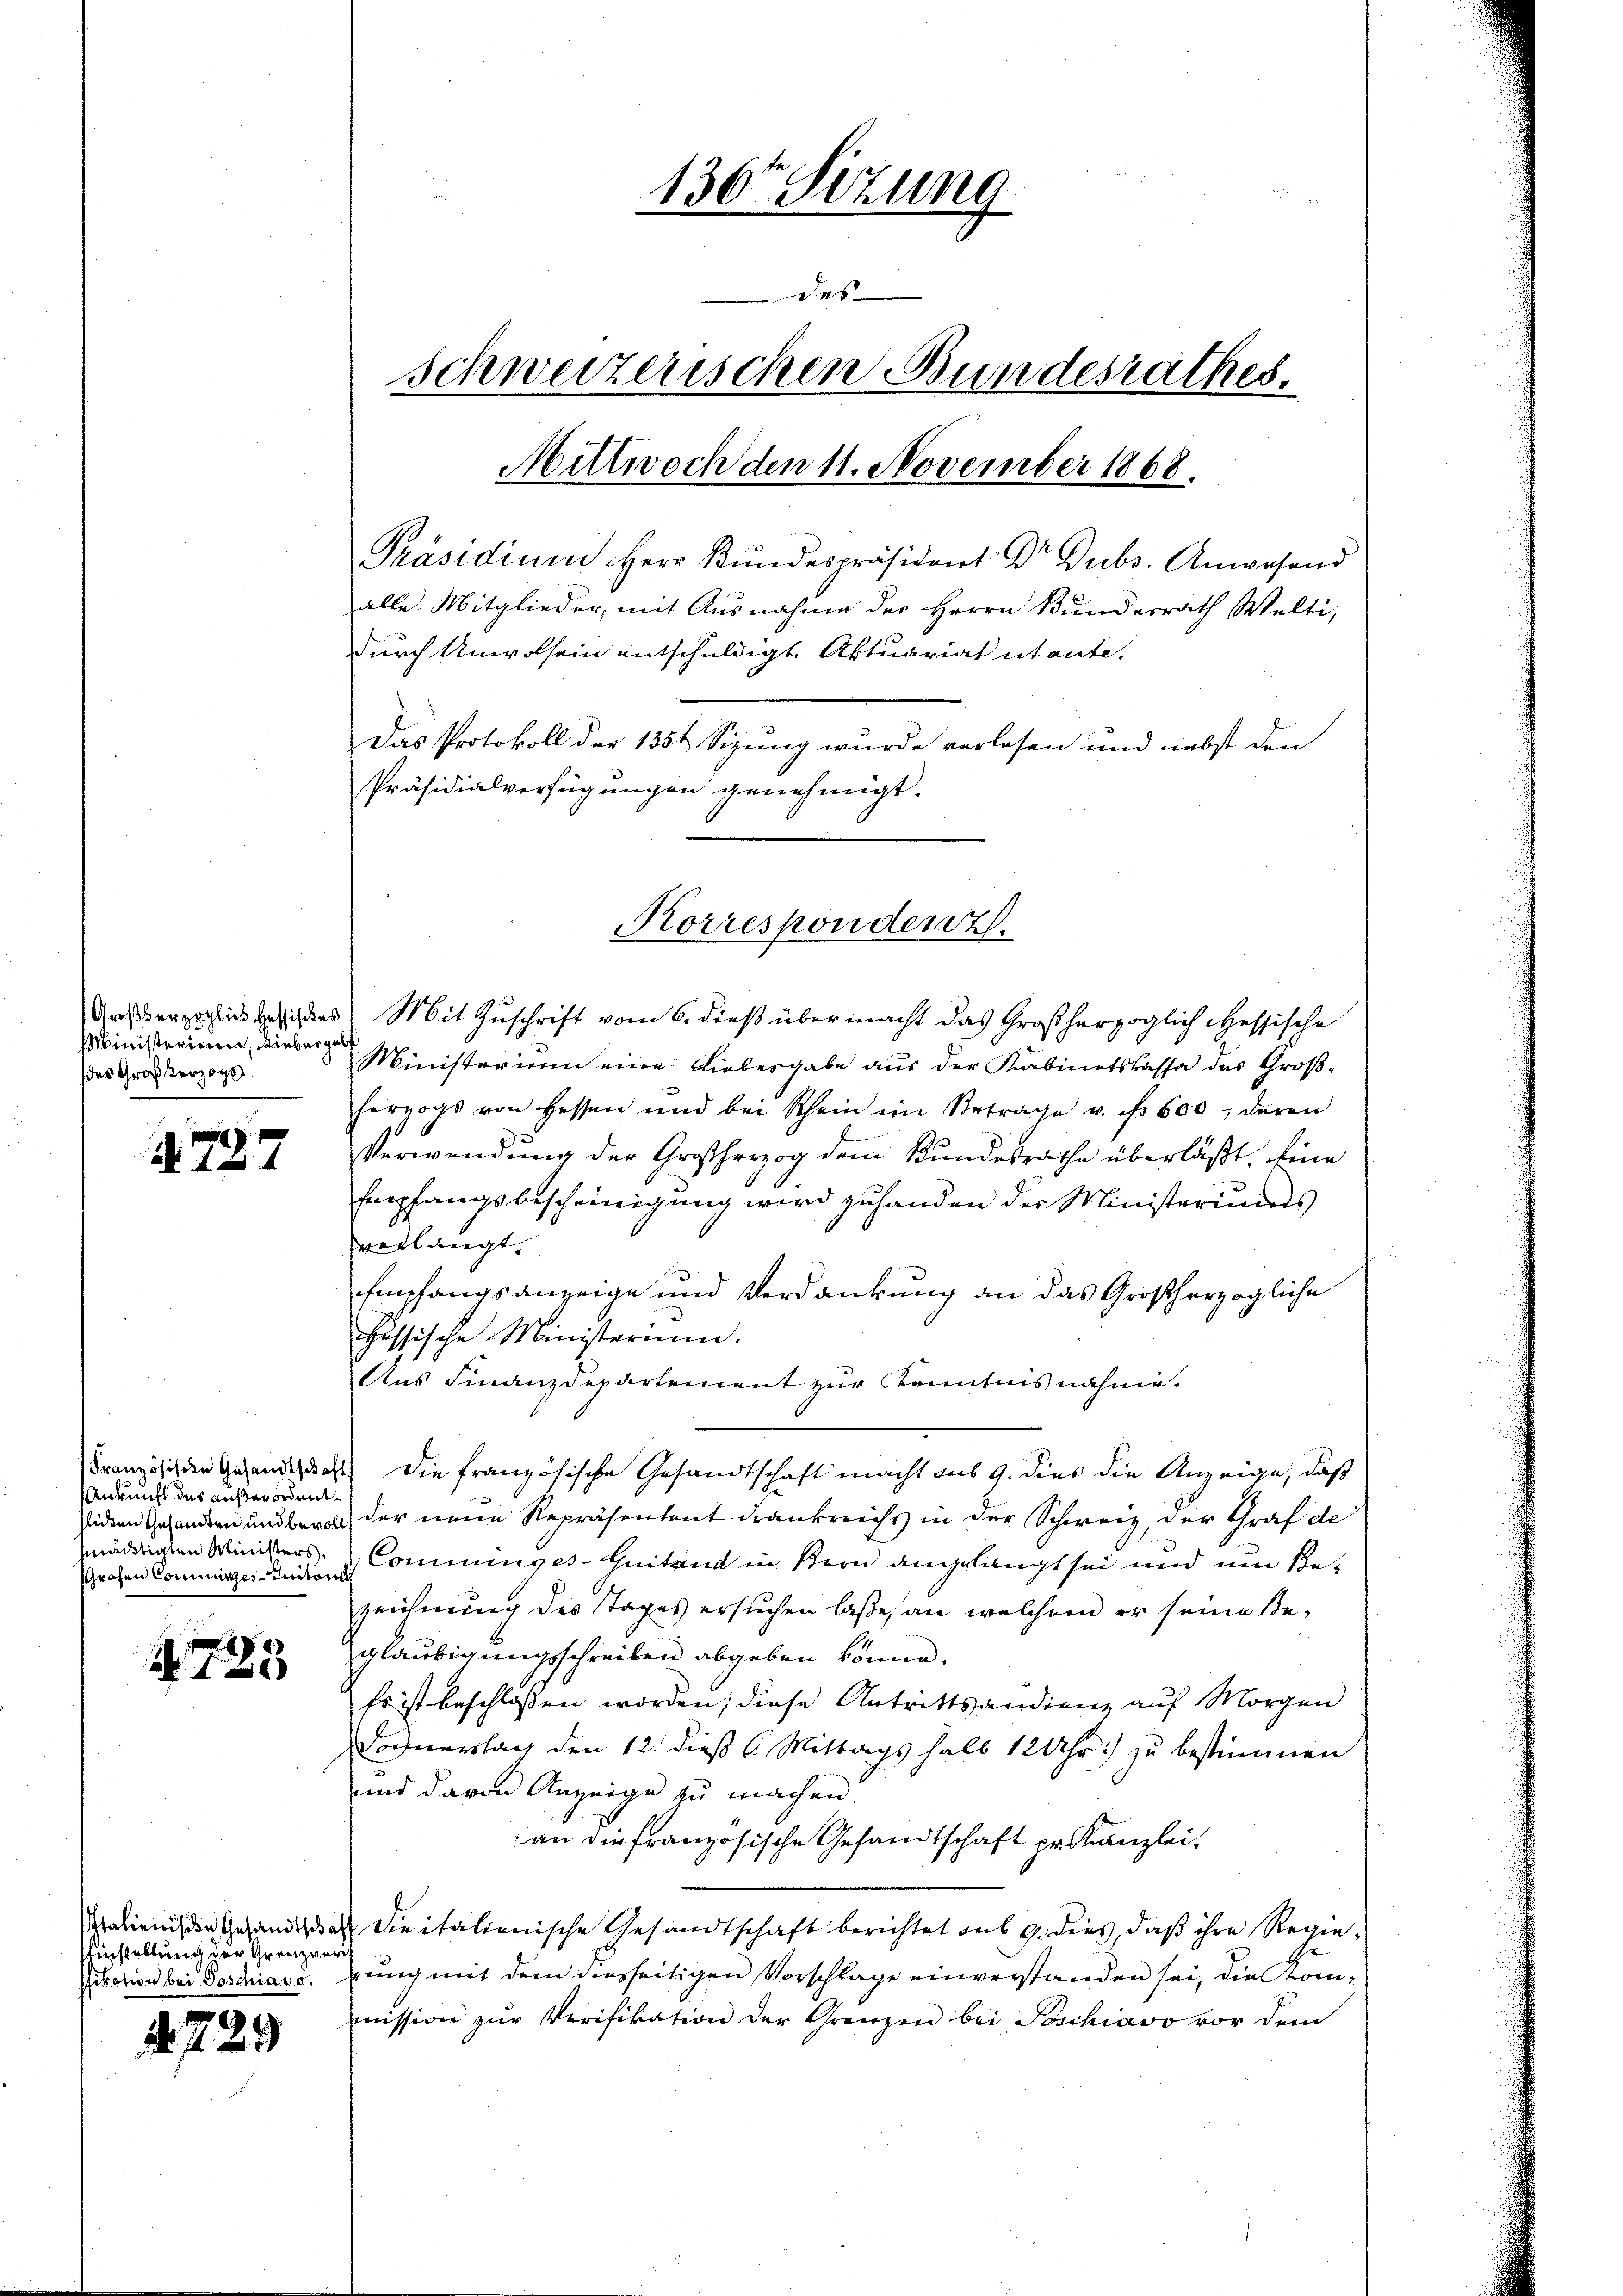
Ministerium, Liebergeb
des Großherzogs

1727

Ankunft das außerordnet.
Grohen Commines Initoris

123

instellung der Grenzveris

729

Anherzoglich besichtes Mit Zuschrift vom 6. dieß übermacht das Großherzoglich Hessische
Ministerium eine Liebesgabe aus der Kabinetskassa des Groß-
herzogs von Hessen und bei Schein im Betrage u. f. 600, deren
Verwendung der Großherzog dem Bundesrathe überläßt. Eine
Empfangsbescheinigung wird zuhanden der Ministeriums
verlangt.
Empfangsanzeige und Verdankung an das Großherzogliche
hessische Ministerium.
Aus Finanzdepartement zur Kenntnis nähme.
Französiden Gesandt dass die französische Gesandtschaft macht aus 9. dies die Anzeige, daß
siden Gesandten und beral der einem Repräsentant drankreichs in der Schweiz, der Graf de
gnädigten Ministers. Comminges-Guitand in Bern angelangt sei und um Bezeichnung des Tages ersuchen laße, an welchem er seine Begläubigungsschreiben abgeben könne.
Es ist beschlossen worden; diese Antrittsandienz auf Morgen
Dochnerstach den 12. dieß C. Mittags halb 12 Uhr) zu bestimmen
und davon Anzeige zu machen.
an die französische Gesandtschaft pr. Kanzlei.
Italienis der Gesandt daß die italienische Gesandtschaft berichtet sub 9. dies, daß ihre Regie¬
Station bei der den eine neuerung mit dem diesseitigen Vorschlage einverstanden sei, die Kommission zŭr Verifikation der Grenzen bei Poschiavo vor dem

136r Sitzung
des
schweizerischen Bundesrathes.
Mittwoch den 11. November 1868.
Präsidium Herr Kundespräsident Dr. Dubs. Anwesend
alle Mitglieder, mit Ausnahme des Herrn Bunderrath Welti,
durch Unwolsein entschuldigt. Aktuariat utante.
Das Protokoll der 1354 Sizung wurde verlesen und nebst den
Präsidialverfügungen genehmigt.

Korrespondenz.